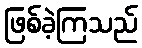
ဖြစ်ခဲ့ကြသည်